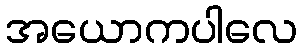
အယောကပါလေ